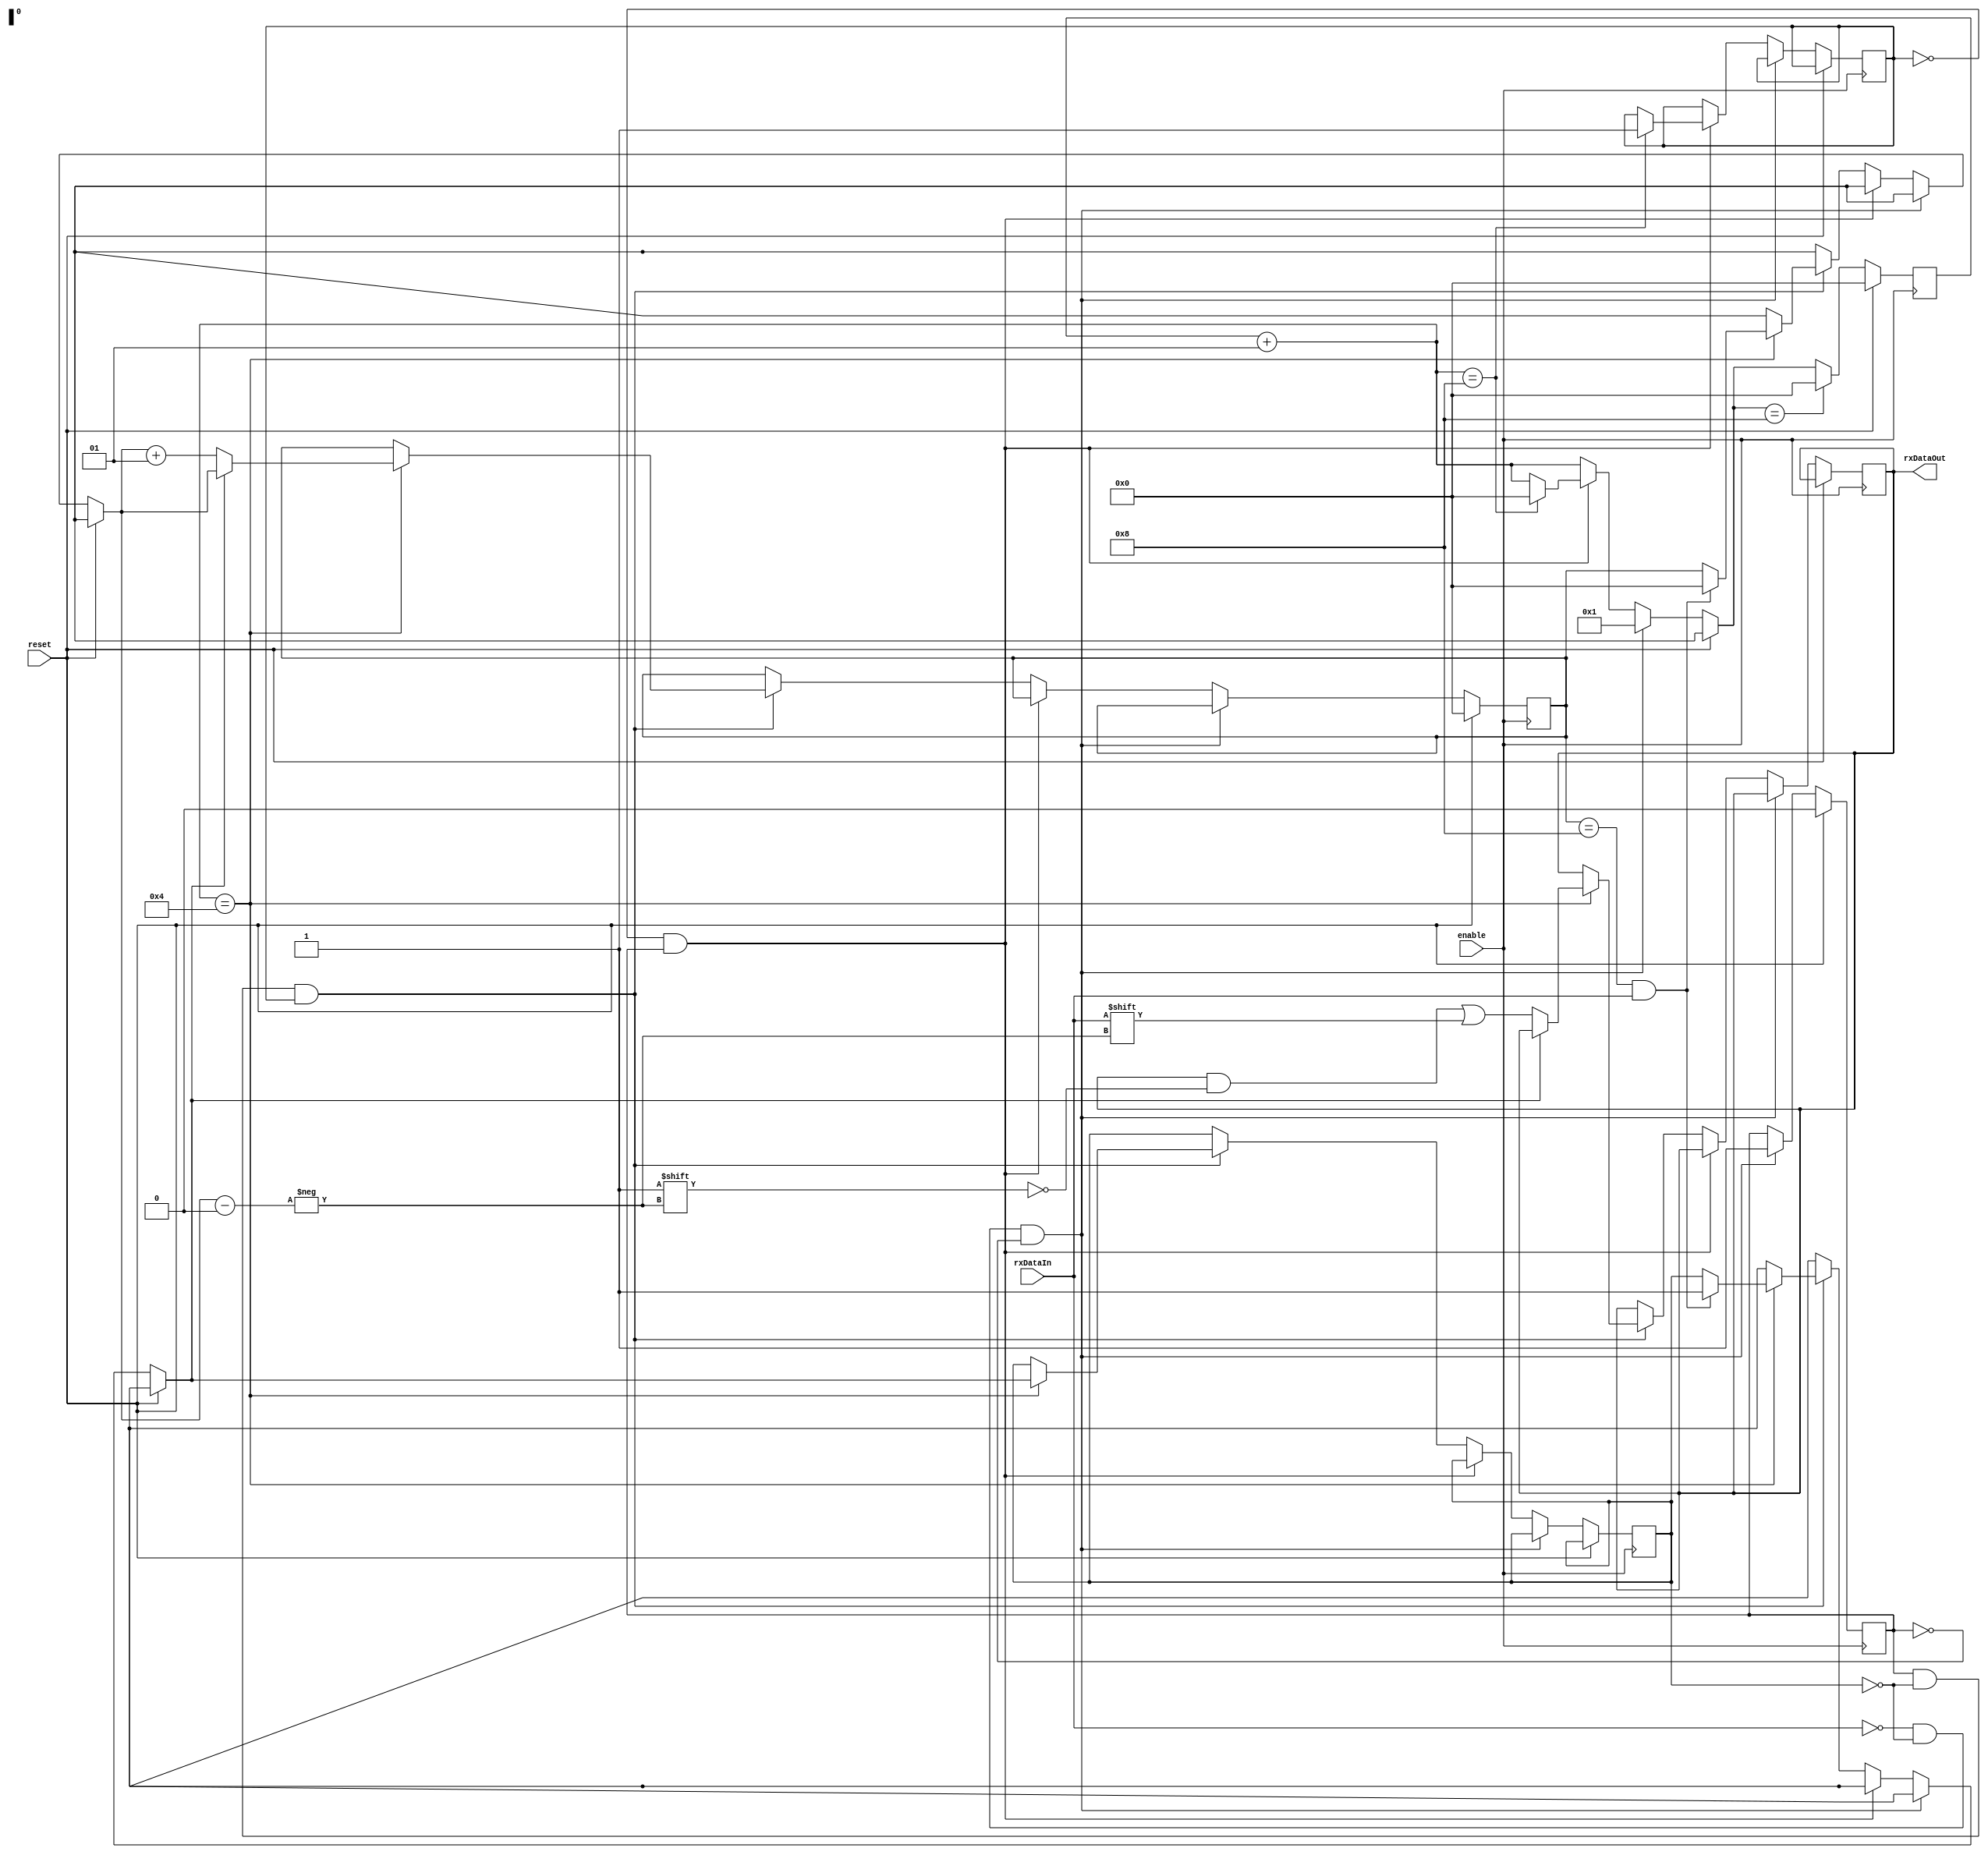
module receiver(
	input reset,
	input enable,
	input rxDataIn,						//input signal to receiver
	output reg [7:0] rxDataOut			//data received by receiver
);
integer count;
integer enableCount;
reg start;
reg stop;
reg startBit;

initial begin
	enableCount=0;
	count=0;
	start=1'b0;
	stop=1'b0;
	startBit=1'b0;
	rxDataOut=8'b00000000;
end
//data is received 8 bits at a time. 
//if bit received is low, data is received.
//if signal received after 8th data bit is high, receiver stops receiving data.
always @ (posedge enable) begin
	if(reset==1'b1) begin
		start=1'b0;
		count=0;
		enableCount=0;
	end
	else begin
		enableCount=enableCount+1;
		//executed when a low signal is received to start receiving
		if(rxDataIn==1'b0 && stop==1'b0 && start==1'b0) begin
			start=1'b1;
			enableCount=1;
		end
		//first low signal which marks start of transmission is not considered as data bit
		else if(startBit==1'b0 && start==1'b1) begin
		
			if(enableCount==8) begin
				startBit=1'b1;
				enableCount=0;
			end
		end
		else if(start==1'b1 && stop==1'b0 && startBit==1'b1) begin
		
		//sample data at half time period of each bit
			if(enableCount==4) begin
				if(count==8 && rxDataIn==1'b1) begin
					stop=1'b1;
					count=0;
				end
				if(stop==1'b0) begin
					rxDataOut[count]=rxDataIn;
					count=count+1;
				end
			end
		end
		if(enableCount==8) begin
			enableCount=0;
		end

	end
end
endmodule